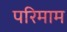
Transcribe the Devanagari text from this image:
परिमाम